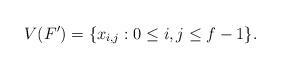
LaTeX: \begin{align*} V(F') = \{ x_{i,j} : 0 \leq i, j \leq f-1 \}.\end{align*}